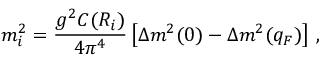
m _ { i } ^ { 2 } = \frac { g ^ { 2 } C ( R _ { i } ) } { 4 \pi ^ { 4 } } \left[ \Delta m ^ { 2 } ( 0 ) - \Delta m ^ { 2 } ( q _ { F } ) \right] \, ,